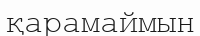
қарамаймын